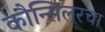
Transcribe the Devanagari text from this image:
कौन्सिलरचा